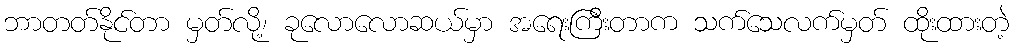
ဘာတတ်နိုင်တာ မှတ်လို့၊ ခုလောလောဆယ်မှာ အရေးကြီးတာက သက်သေလက်မှတ် ထိုးထားတဲ့